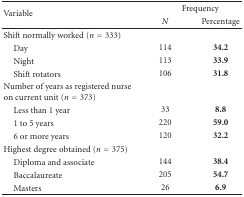
<table><thead><tr><td rowspan="2"><b>Variable</b></td><td colspan="2"><b>Frequency</b></td></tr><tr><td><b><i>N</i></b></td><td><b>Percentage </b></td></tr></thead><tbody><tr><td>Shift normally worked (<i>n</i> = 333)</td><td></td><td></td></tr><tr><td> Day</td><td>114</td><td><b>34.2</b></td></tr><tr><td> Night</td><td>113</td><td><b>33.9</b></td></tr><tr><td> Shift rotators</td><td>106</td><td><b>31.8</b></td></tr><tr><td>Number of years as registered nurse on current unit (<i>n</i> = 373)</td><td></td><td></td></tr><tr><td> Less than 1 year</td><td>33</td><td><b>8.8</b></td></tr><tr><td> 1 to 5 years</td><td>220</td><td><b>59.0</b></td></tr><tr><td> 6 or more years</td><td>120</td><td><b>32.2</b></td></tr><tr><td>Highest degree obtained (<i>n</i> = 375)</td><td></td><td></td></tr><tr><td> Diploma and associate</td><td>144</td><td><b>38.4</b></td></tr><tr><td> Baccalaureate</td><td>205</td><td><b>54.7</b></td></tr><tr><td> Masters</td><td>26</td><td><b>6.9</b></td></tr></tbody></table>